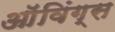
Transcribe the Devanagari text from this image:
ऑविंग्स